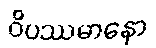
ဝိပဿမာနော